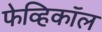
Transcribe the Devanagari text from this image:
फेव्हिकॉल